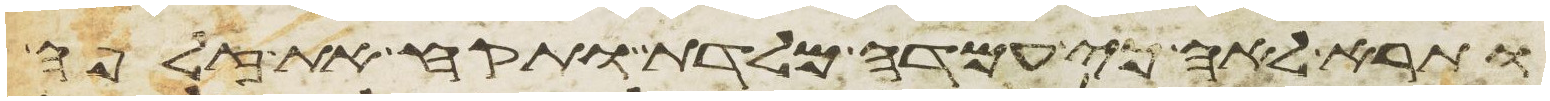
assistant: ותרא לאה כי עמדה מלדת ותקח את זלפה